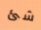
شئ